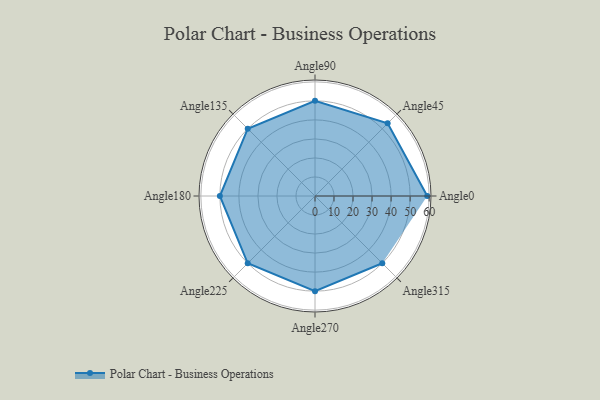
{"axis": {"x": "Angle", "y": "Radius"}, "legend": [""], "data": [{"x": "Angle0", "y": 59.0, "type": ""}, {"x": "Angle45", "y": 54.0, "type": ""}, {"x": "Angle90", "y": 50.0, "type": ""}, {"x": "Angle135", "y": 50, "type": ""}, {"x": "Angle180", "y": 50, "type": ""}, {"x": "Angle225", "y": 50, "type": ""}, {"x": "Angle270", "y": 50, "type": ""}, {"x": "Angle315", "y": 50, "type": ""}]}